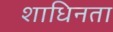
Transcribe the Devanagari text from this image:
शाधिनता